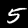
Label: 5